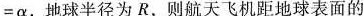
=\alpha，地球半径为R，则航天飞机距地球表面的